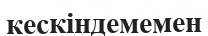
кескіндемемен